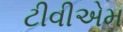
ટીવીએમ